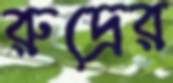
রুদ্রের